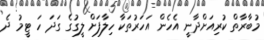
މުބާރާތް ކުރިއަށްދާނީ އެހެން އަހަރުތަކާ ހިލާފަށް ލީގުގެ ގަދަ ހަ ޓީމު ދެ